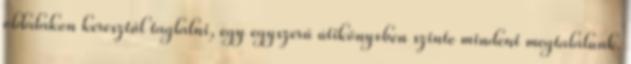
oldalakon keresztül taglalni, egy egyszerű útikönyvben szinte mindent megtalálunk.